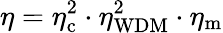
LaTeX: \eta=\eta_{\mathrm{c}}^{2}\cdot\eta_{\mathrm{WDM}}^{2}\cdot\eta_{\mathrm{m}}